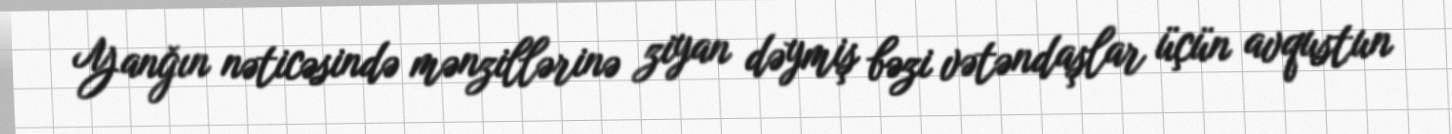
Yanğın nəticəsində mənzillərinə ziyan dəymiş bəzi vətəndaşlar üçün avqustun